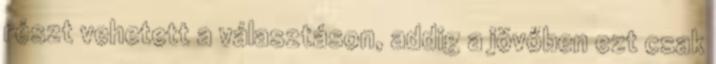
részt vehetett a választáson, addig a jövőben ezt csak